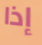
إذا